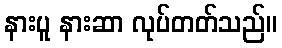
နားပူ နားဆာ လုပ်တတ်သည်။